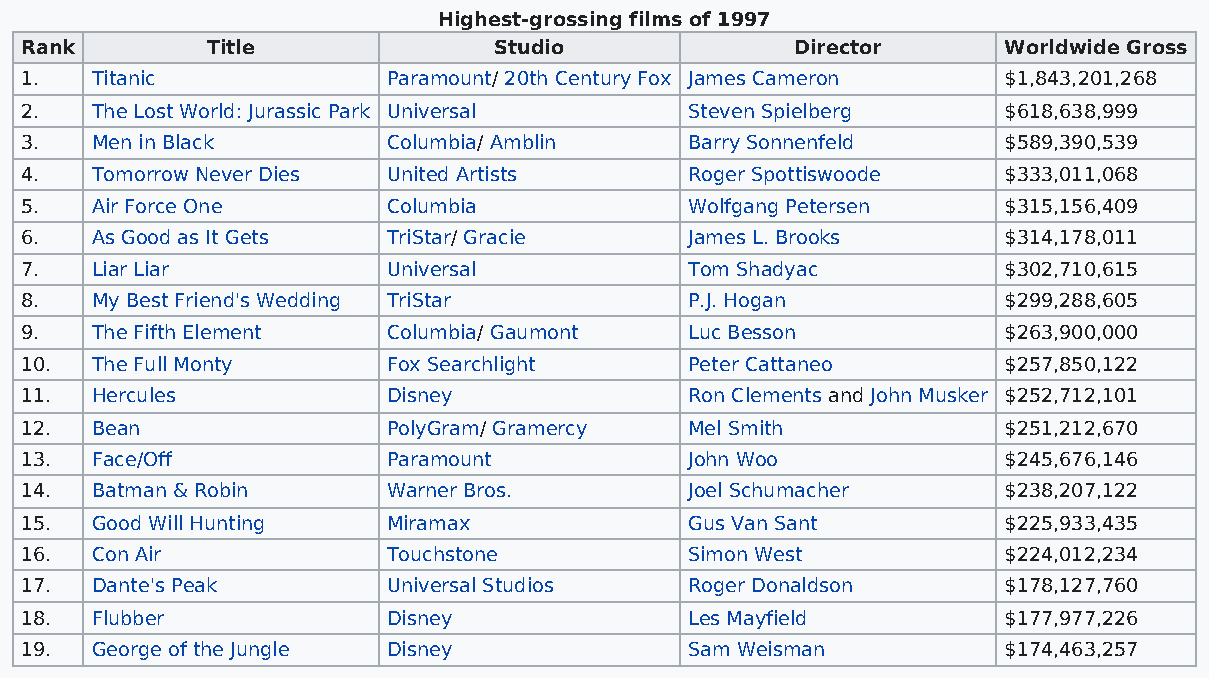
Highest-grossing films of 1997
 Rank         Title              Studio              Director     Worldwide Gross
 1.   Titanic             Paramount/ 20th Century Fox James Cameron $1,843,201,268
 2.   The Lost World: Jurassic Park Universal Steven Spielberg    $618,638,999
 3.   Men in Black        Columbia/ Amblin    Barry Sonnenfeld    $589,390,539
 4.   Tomorrow Never Dies United Artists      Roger Spottiswoode  $333,011,068
 5.   Air Force One       Columbia            Wolfgang Petersen   $315,156,409
 6.   As Good as It Gets  TriStar/ Gracie     James L. Brooks     $314,178,011
 7.   Liar Liar           Universal           Tom Shadyac         $302,710,615
 8.   My Best Friend's Wedding TriStar        P.J. Hogan          $299,288,605
 9.   The Fifth Element   Columbia/ Gaumont   Luc Besson          $263,900,000
 10.  The Full Monty      Fox Searchlight     Peter Cattaneo      $257,850,122
 11.  Hercules            Disney              Ron Clements and John Musker $252,712,101
 12.  Bean                PolyGram/ Gramercy  Mel Smith           $251,212,670
 13.  Face/Off            Paramount           John Woo            $245,676,146
 14.  Batman & Robin      Warner Bros.        Joel Schumacher     $238,207,122
 15.  Good Will Hunting   Miramax             Gus Van Sant        $225,933,435
 16.  Con Air             Touchstone          Simon West          $224,012,234
 17.  Dante's Peak        Universal Studios   Roger Donaldson     $178,127,760
 18.  Flubber             Disney              Les Mayfield        $177,977,226
 19.  George of the Jungle Disney             Sam Weisman         $174,463,257